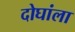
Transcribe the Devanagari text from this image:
दोघांला